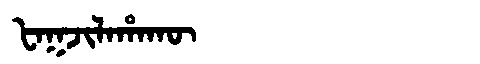
Manchu: ᡶᠠᡴᠵᡳᠯᠠᡥᠠᡴᡡ
Romanization: FAKJILAHAKŪ